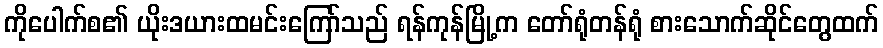
ကိုပေါက်စ၏ ယိုးဒယားထမင်းကြော်သည် ရန်ကုန်မြို့က တော်ရုံတန်ရုံ စားသောက်ဆိုင်တွေထက်